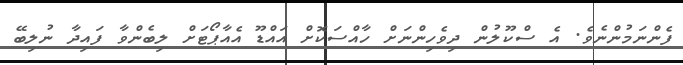
ފެންނަމުންނެވެ. އެ ސްކޫލުން ދިވެހިންނަށް ހާއްސަކޮށް އައްޑޫ އެއާޕޯޓަށް ލިބެންވާ ފައިދާ ނުލިބޭ